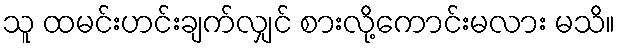
သူ ထမင်းဟင်းချက်လျှင် စားလို့ကောင်းမလား မသိ။